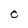
Character: O